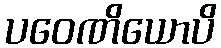
ပဝေဏိယောပိ